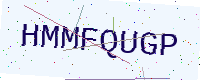
Text: HMMFQUGP